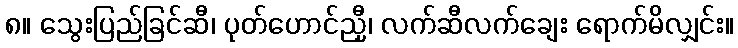
၈။ သွေးပြည်ခြင်ဆီ၊ ပုတ်ဟောင်ညှီ၊ လက်ဆီလက်ချေး ရောက်မိလျှင်း။